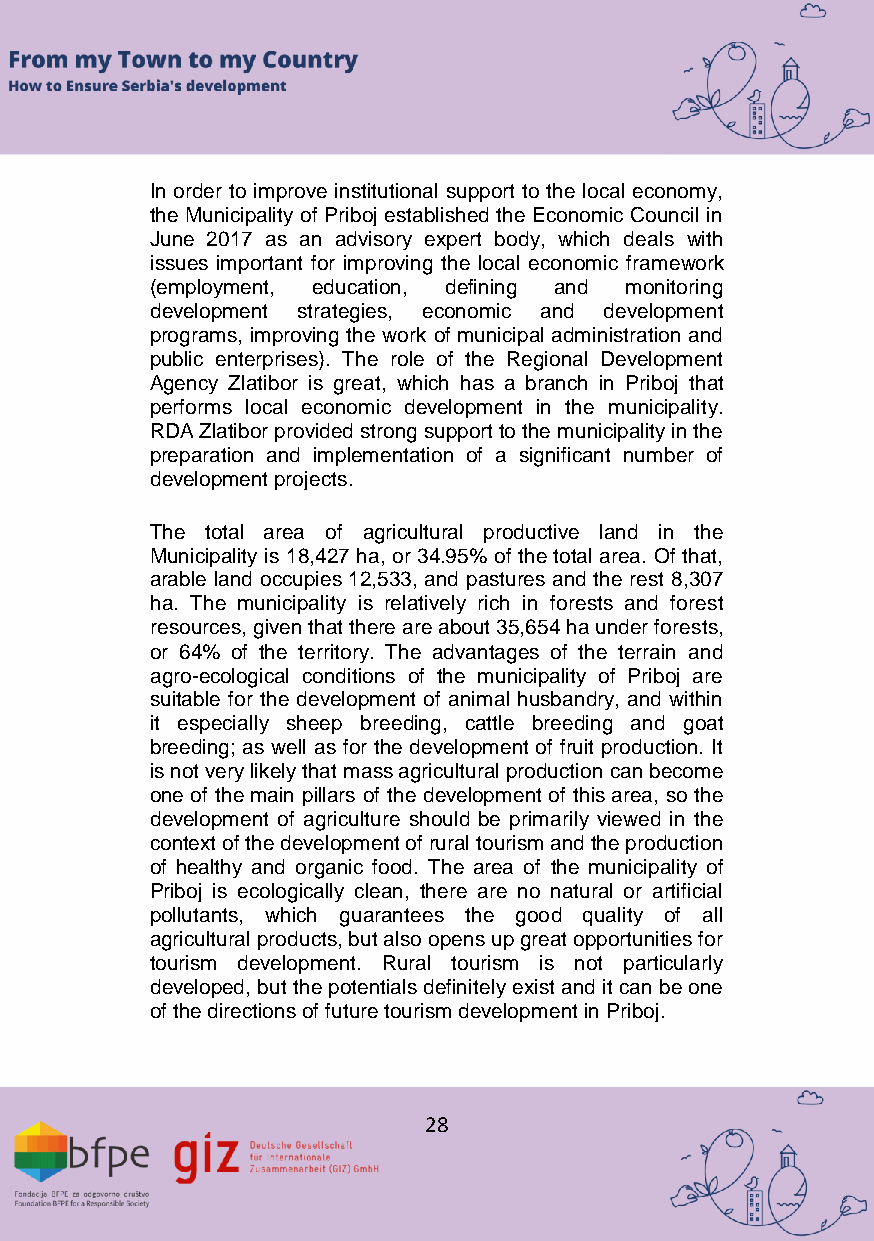
In order to improve institutional support to the local economy,
 the Municipality of Priboj established the Economic Council in
 June 2017 as an advisory expert body, which deals with
 issues important for improving the local economic framework
 (employment, education, defining and monitoring
 development strategies, economic and development
 programs, improving the work of municipal administration and
 public enterprises). The role of the Regional Development
 Agency Zlatibor is great, which has a branch in Priboj that
 performs local economic development in the municipality.
 RDA Zlatibor provided strong support to the municipality in the
 preparation and implementation of a significant number of
 development projects.
 The total area of agricultural productive land in the
 Municipality is 18,427 ha, or 34.95% of the total area. Of that,
 arable land occupies 12,533, and pastures and the rest 8,307
 ha. The municipality is relatively rich in forests and forest
 resources, given that there are about 35,654 ha under forests,
 or 64% of the territory. The advantages of the terrain and
 agro-ecological conditions of the municipality of Priboj are
 suitable for the development of animal husbandry, and within
 it especially sheep breeding, cattle breeding and goat
 breeding; as well as for the development of fruit production. It
 is not very likely that mass agricultural production can become
 one of the main pillars of the development of this area, so the
 development of agriculture should be primarily viewed in the
 context of the development of rural tourism and the production
 of healthy and organic food. The area of the municipality of
 Priboj is ecologically clean, there are no natural or artificial
 pollutants, which guarantees the good quality of all
 agricultural products, but also opens up great opportunities for
 tourism development. Rural tourism is not particularly
 developed, but the potentials definitely exist and it can be one
 of the directions of future tourism development in Priboj.
 28